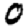
Digit: 0